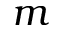
m